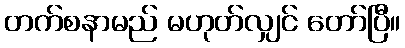
တက်စနာမည် မဟုတ်လျှင် တော်ပြီ။